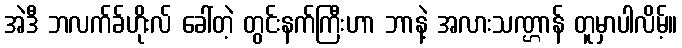
အဲဒီ ဘလက်ခ်ဟိုးလ် ခေါ်တဲ့ တွင်းနက်ကြီးဟာ ဘာနဲ့ အလားသဏ္ဌာန် တူမှာပါလိမ့်။